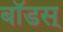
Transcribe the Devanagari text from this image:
बॉडस्